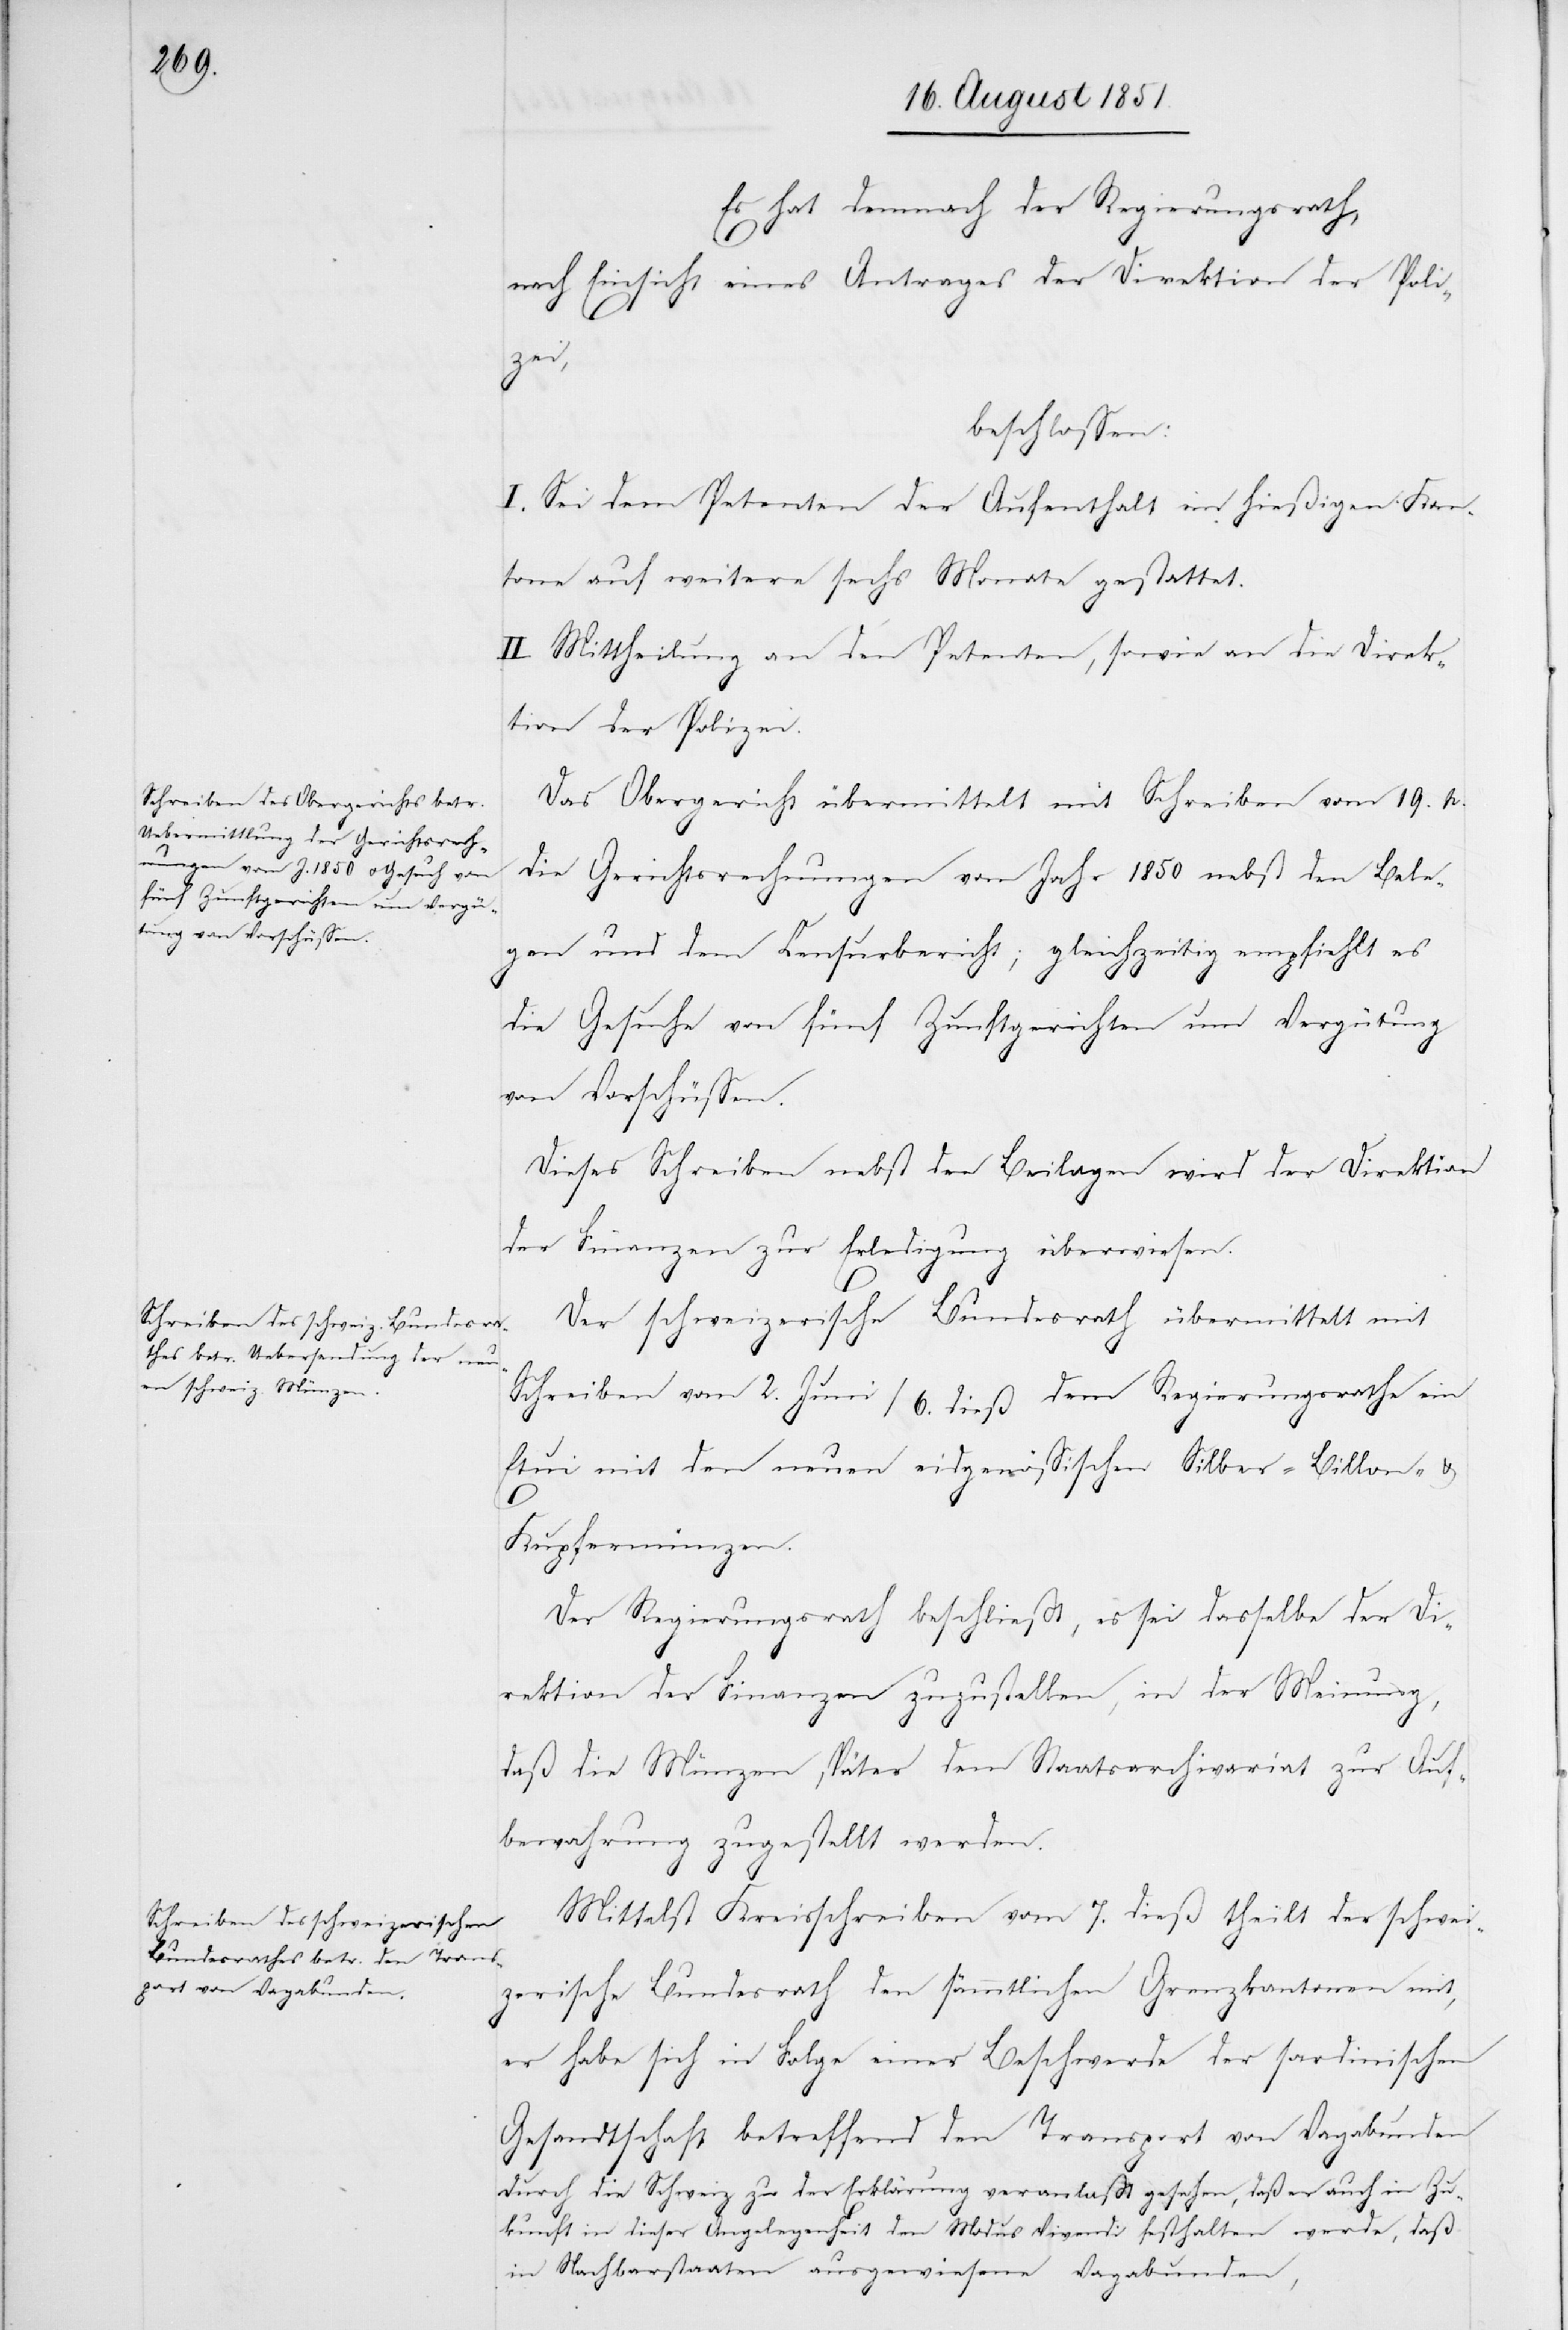
Es hat demnach der Regierungsrath,
nach Einsicht eines Antrages der Direktion der Poli¬
zei,
beschlossen:
I. Sei dem Petenten der Aufenthalt im hießigen Kan¬
tone auf weitere sechs Monate gestattet.
II. Mittheilung an den Petenten, sowie an die Direk¬
tion der Polizei.
Das Obergericht übermittelt mit Schreiben vom 19. p.
die Gerichtsrechnungen vom Jahr 1850 nebst den Bele¬
gen und dem Censurbericht; gleichzeitig empfiehlt es
die Gesuche von fünf Zunftgerichten um Vergütung
von Vorschüssen.
Dieses Schreiben nebst den Beilagen wird der Direktion
der Finanzen zur Erledigung überwiesen.
Der schweizerische Bundesrath übermittelt mit
Schreiben vom 2. Juni / 6. dieß dem Regierungsrathe ein
Etui mit den neuen eidgenössischen Silber-[,] Billon- &
Kupfermünzen.
Der Regierungsrath beschließt, es sei dasselbe der Di¬
rektion der Finanzen zuzustellen, in der Meinung,
daß die Münzen später dem Staatsarchivariat zur Auf¬
bewahrung zugestellt werden.
Mittelst Kreisschreiben vom 7. dieß theilt der schwei¬
zerische Bundesrath den sämmtlichen Grenzkantonen mit,
er habe sich in Folge einer Beschwerde der sardinischen
Gesandtschaft betreffend den Transport von Vagabunden
durch die Schweiz zu der Erklärung veranlaßt gesehen, daß er auch in Zu¬
kunft in dieser Angelegenheit den Modus Vivendi festhalten werde, daß
in Nachbarstaaten ausgewiesene Vagabunden,